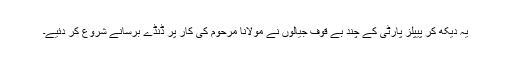
یہ دیکھ کر پیپلز پارٹی کے چند بے قوف جیالوں نے مولانا مرحوم کی کار پر ڈنڈے برسانے شروع کر دئیے۔